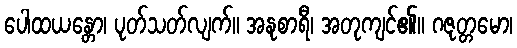
ပေါထယန္တော၊ ပုတ်သတ်လျက်။ အနုစာရီ၊ အတုကျင်၏။ ဂဇုတ္တမော၊